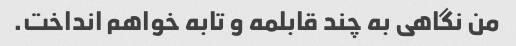
من نگاهی به چند قابلمه و تابه خواهم انداخت.